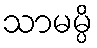
သာမမ္ပိ